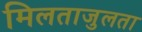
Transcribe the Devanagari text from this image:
मिलताजुलता